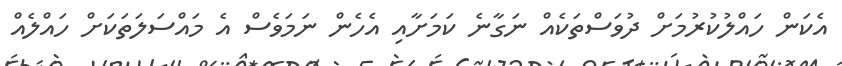
އެކަން ހައްލުކުރުމަށް ދުވަސްތަކެއް ނަގާނެ ކަމަށާއި އެހެން ނަމަވެސް އެ މައްސަލަތަކަށް ހައްލެއް